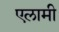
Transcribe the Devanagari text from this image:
एलामी